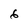
Character: 6